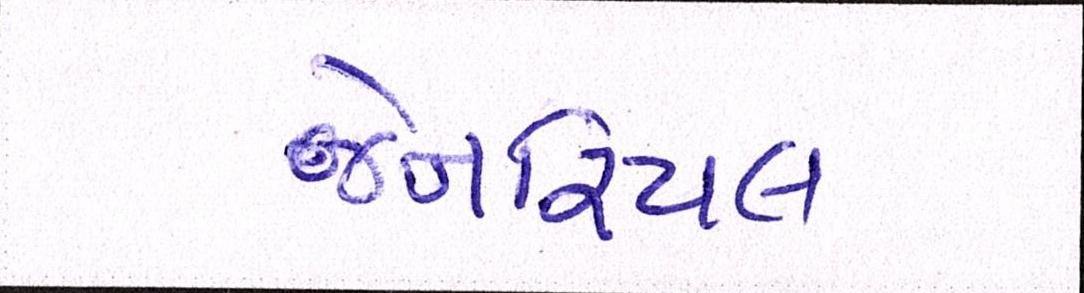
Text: જેનરિયલ